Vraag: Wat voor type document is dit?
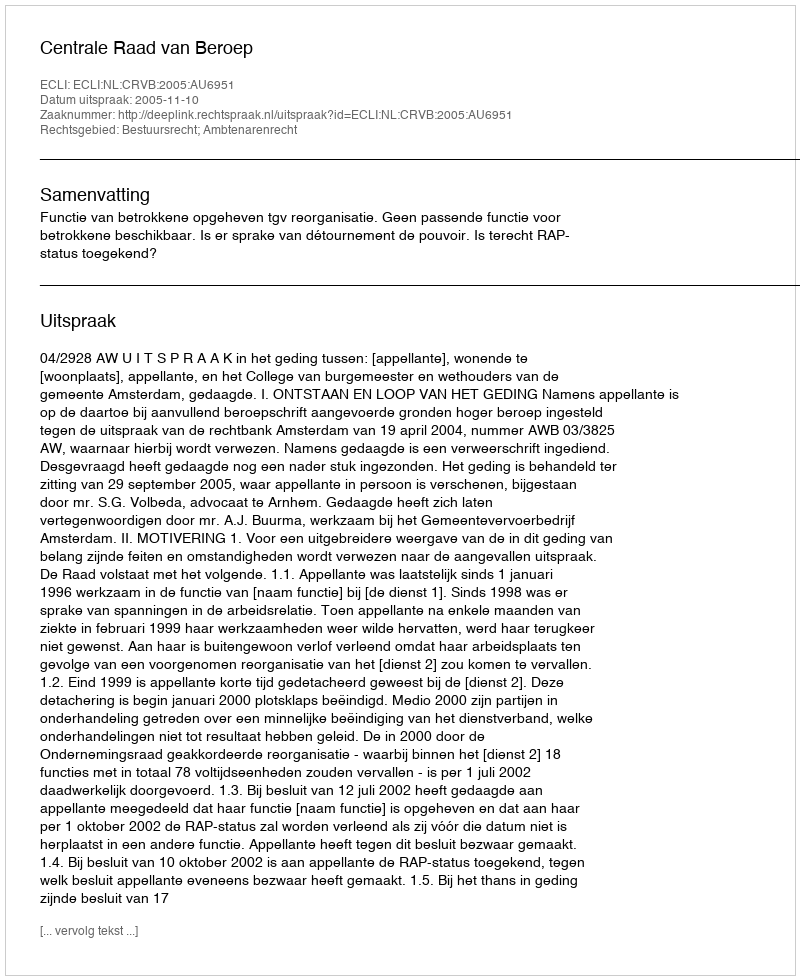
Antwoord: Uitspraak